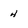
Character: 4